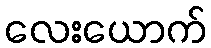
လေးယောက်